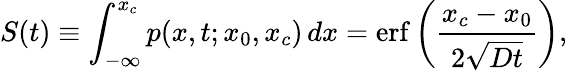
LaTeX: S(t)\equiv\int_{-\infty}^{x_{c}}p(x,t;x_{0},x_{c})\, dx=\operatorname{erf}\left({\frac{x_{c}-x_{0}}{2{\sqrt{Dt}}}}\right),